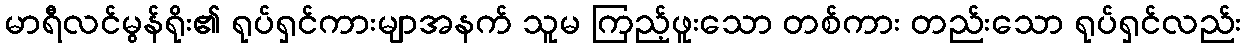
မာရီလင်မွန်ရိုး၏ ရုပ်ရှင်ကားမျာအနက် သူမ ကြည့်ဖူးသော တစ်ကား တည်းသော ရုပ်ရှင်လည်း